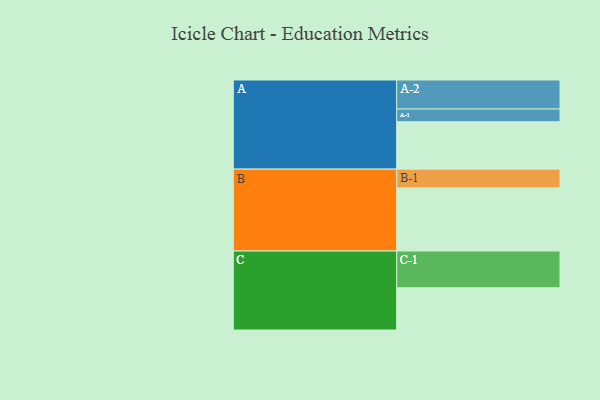
{"axis": {"x": "Segment", "y": "Value"}, "legend": ["", "A", "B", "C"], "data": [{"x": "A", "y": 379, "type": ""}, {"x": "B", "y": 505, "type": ""}, {"x": "C", "y": 338, "type": ""}, {"x": "A-1", "y": 102, "type": "A"}, {"x": "A-2", "y": 232, "type": "A"}, {"x": "B-1", "y": 150, "type": "B"}, {"x": "C-1", "y": 294, "type": "C"}]}